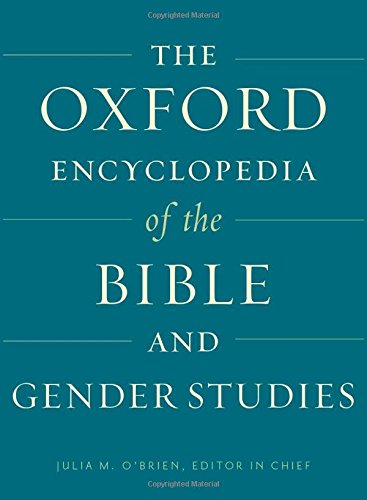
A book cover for The Oxford Encyclopedia of the Bible and Gender Studies: Two-Volume Set (Oxford Encyclopedias of the Bible); Christian Books & Bibles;